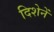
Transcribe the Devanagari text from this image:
दिशेनें